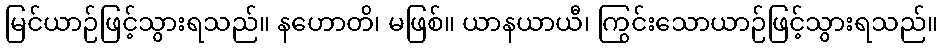
မြင်ယာဉ်ဖြင့်သွားရသည်။ နဟောတိ၊ မဖြစ်။ ယာနယာယီ၊ ကြွင်းသောယာဉ်ဖြင့်သွားရသည်။